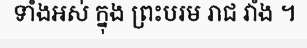
ទាំងអស់ ក្នុង ព្រះបរម រាជ វាំង ។